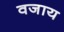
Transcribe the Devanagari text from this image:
वजाय